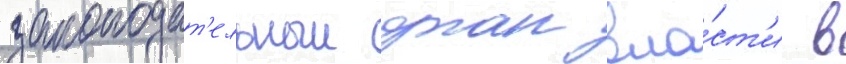
законодат'ельныи орган вла́ст'и в